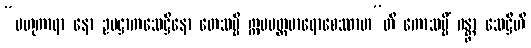
“ဗဟုကာရာ နော ဥပဋ္ဌာကသေဋ္ဌိနော တေသမ္ပိ ဣမမတ္ထမာရောစေဿာမာ”တိ ကောသမ္ဗိံ ဂန္တွာ သေဋ္ဌီဟိ